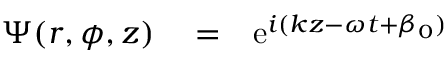
\begin{array} { r l r } { \Psi ( r , \phi , z ) } & { { } = } & { \mathrm { e } ^ { i ( k z - \omega t + \beta _ { 0 } ) } } \end{array}